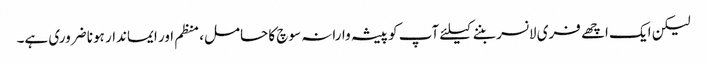
لیکن ایک اچھے فری لانسر بننے کیلئے آپ کو پیشہ وارانہ سوچ کا حامل، منظم اور ایماندار ہونا ضروری ہے۔